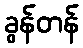
ခွန်တန်